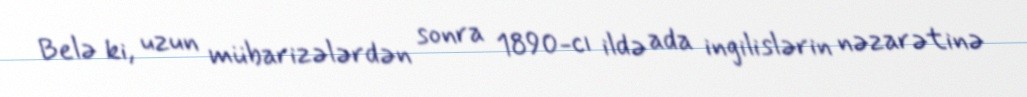
Belə ki, uzun mübarizələrdən sonra 1890-cı ildə ada ingilislərin nəzarətinə